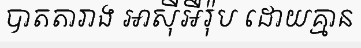
បាតតារាង អាស៊ីអឺរ៉ុប ដោយគ្មាន